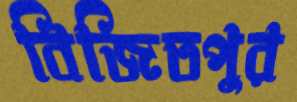
বিজিতপুর